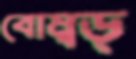
বোম্বড্